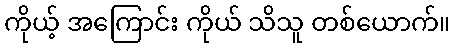
ကိုယ့် အကြောင်း ကိုယ် သိသူ တစ်ယောက်။